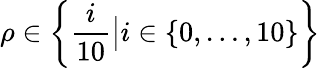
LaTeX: \rho\in\left\{ \frac{i}{10}\big\vert i\in\{ 0,\dots,10\} \right\}